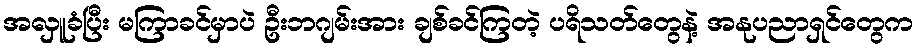
အလှူခံပြီး မကြာခင်မှာပဲ ဦးဘဂျမ်းအား ချစ်ခင်ကြတဲ့ ပရိသတ်တွေနဲ့ အနုပညာရှင်တွေက